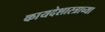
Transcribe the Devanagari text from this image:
कायदेशास्त्राच्या